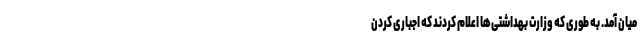
میان آمد. به طوری که وزارت بهداشتی‌ها اعلام کردند که اجباری کردن